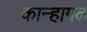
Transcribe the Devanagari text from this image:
कान्हागढ़